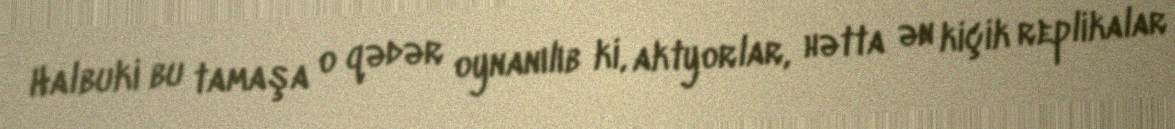
Halbuki bu tamaşa o qədər oynanılıb ki, aktyorlar, hətta ən kiçik replikalar